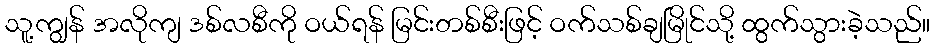
သူ့ကျွန် အလိုကျ ဒစ်လစီကို ဝယ်ရန် မြင်းတစ်စီးဖြင့် ဝက်သစ်ချမြိုင်သို့ ထွက်သွားခဲ့သည်။